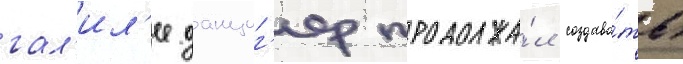
гал'ил'ее данциг'ер продолжа́л создава́ть